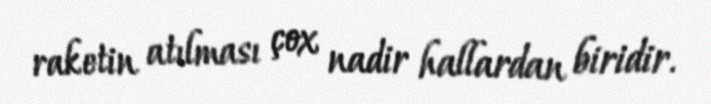
raketin atılması çox nadir hallardan biridir.